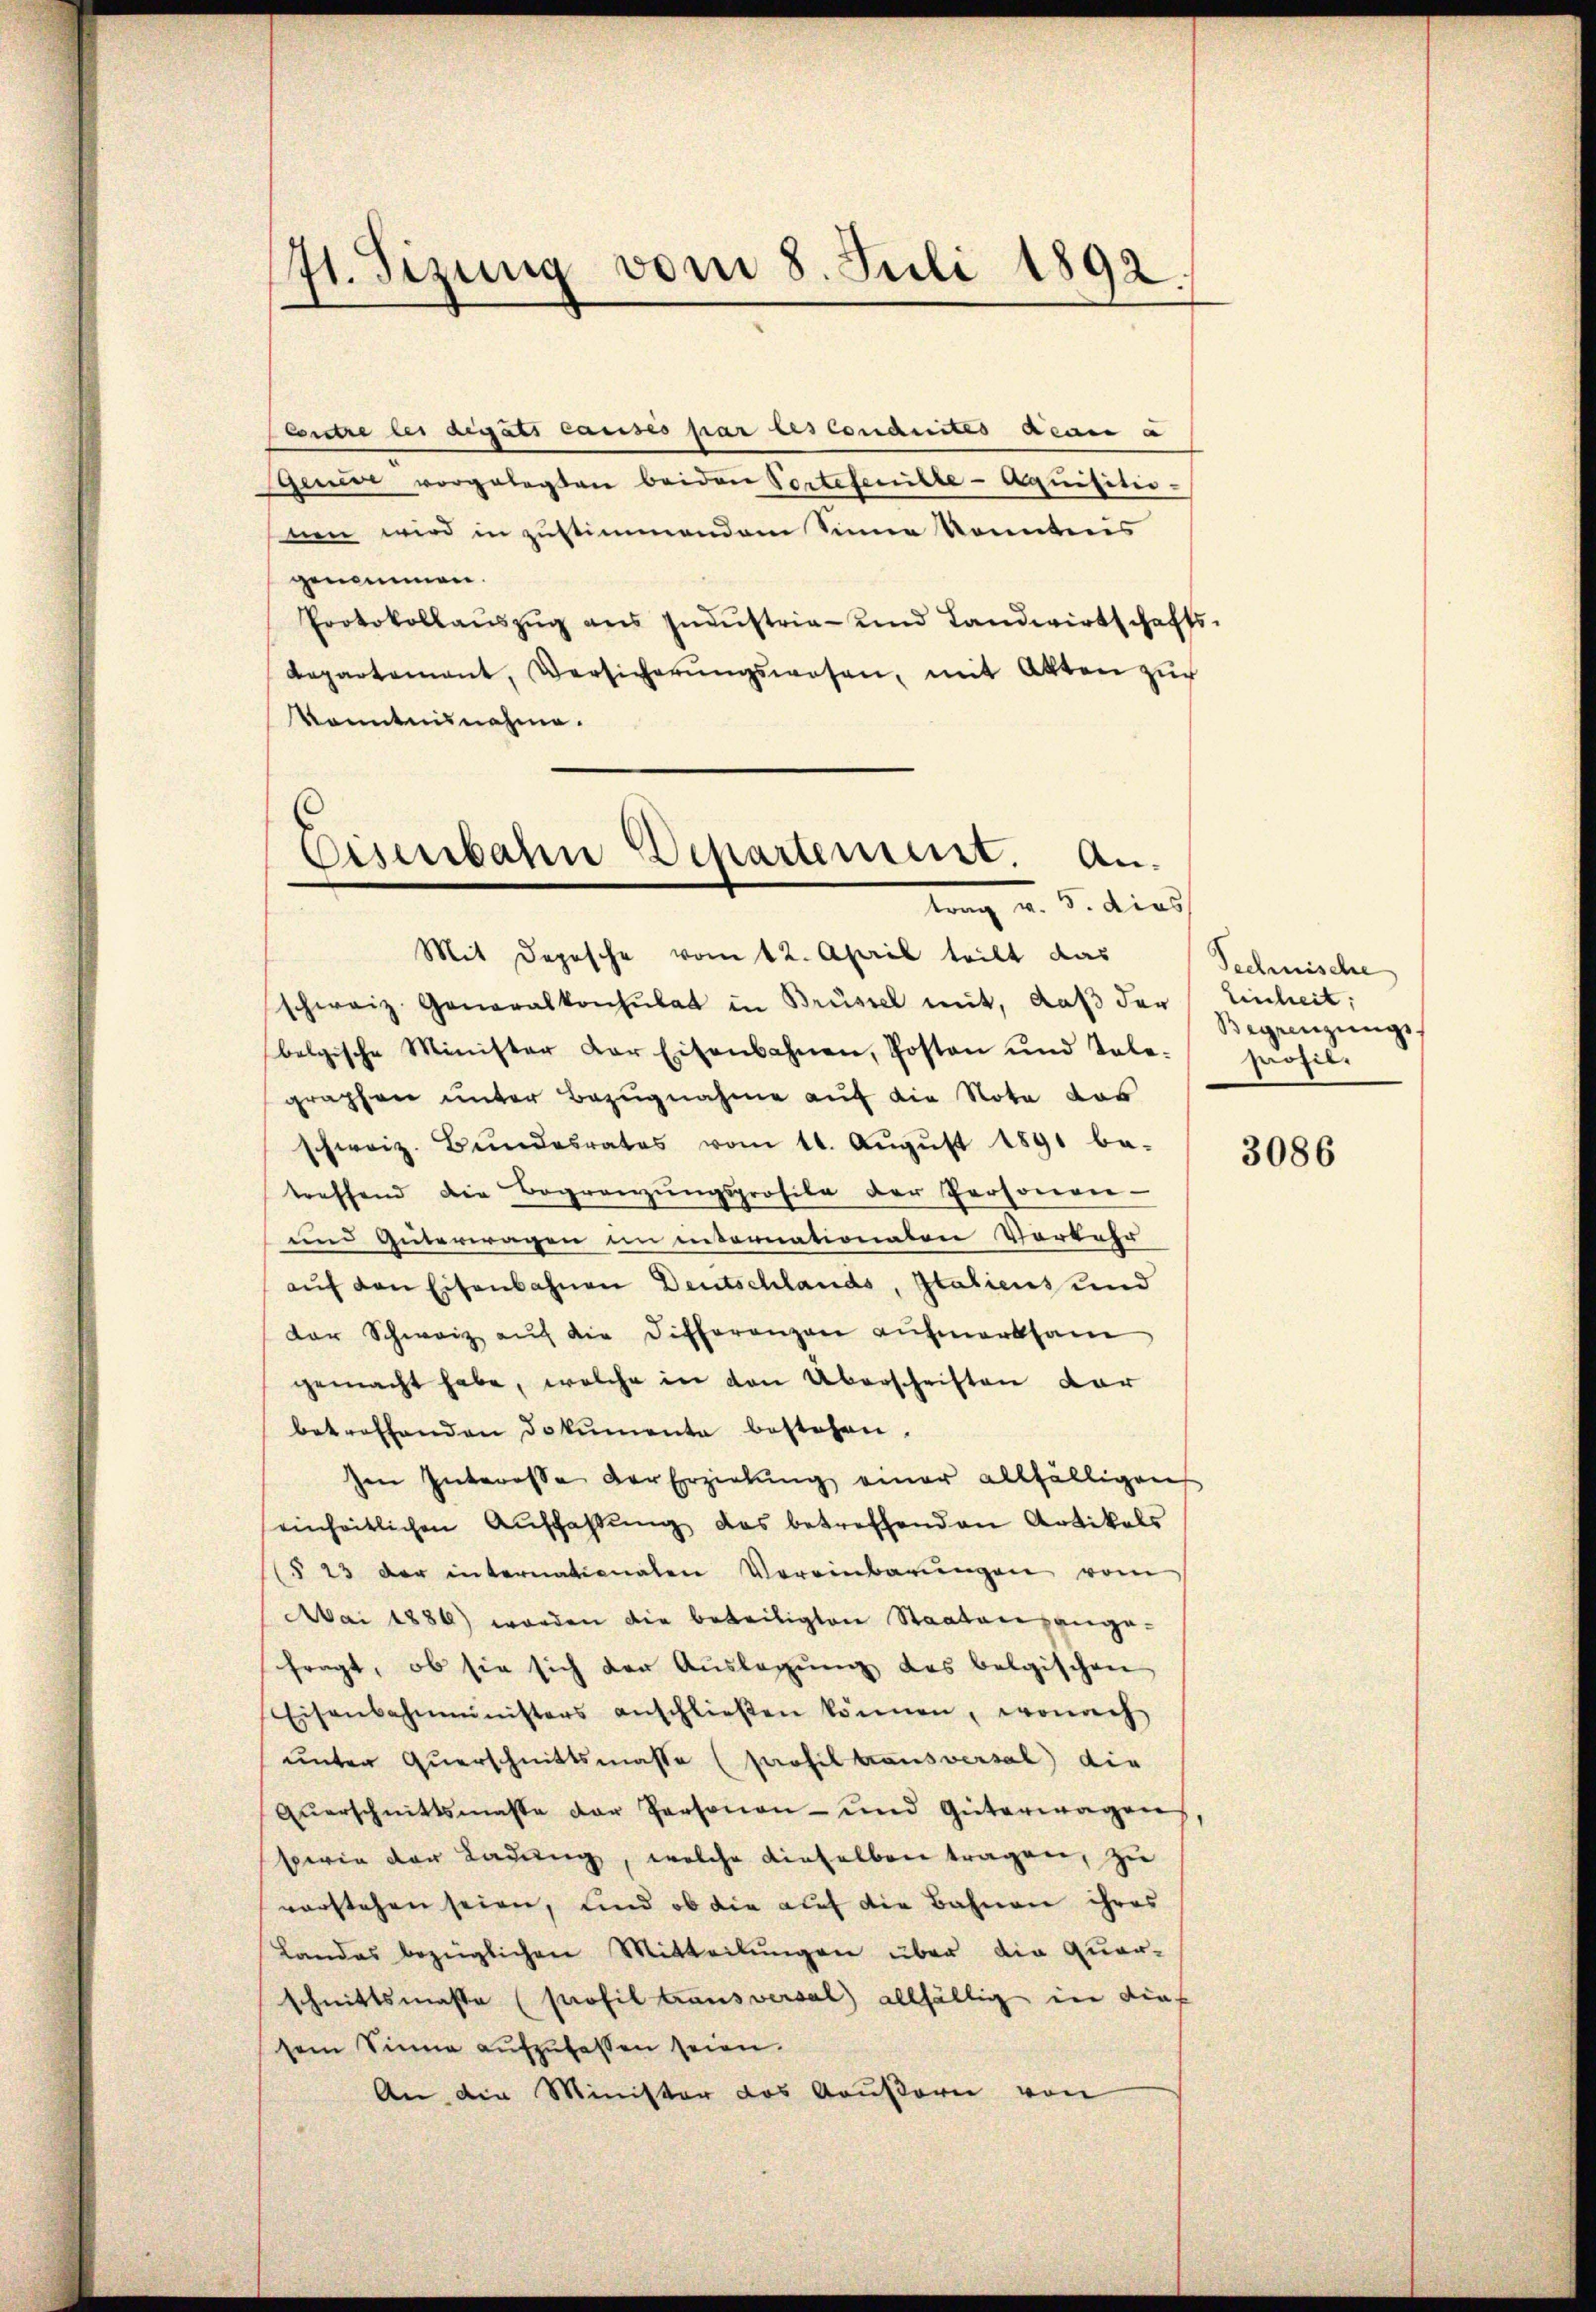
71. Sizung vom 8. Juli 1892.

Contre lei aigats lauses par les conduites acan a
geier vorgelegten beiden Portetenille-Aquisitio-
nen wird in zustimmendem Sinne konntens
genommen.
Protokollaŭszŭg ans Indŭstria-und Landwirtschafts-
Departement, Versicherŭngswesen, mit Akten zur
Kenntnisnahme.
Mit Depesche vom 12. April teilt das
schweiz. Generalkonsulat in Brüssel mit, daß der Einheit;
belgische Minister der Eisenbahnen, Posten und Tale profil.
graphen unter Bezugnahme auf die Note das
schweiz. Bŭndesrates vom 11. Aŭgŭst 1891 be-
treffend die Begränzŭngsprofile der Personen-
und Güterwagen in internationaten Vorkehr
aŭf den Eisenbahnen Deutschlands, Italiens und
der Schweiz aŭf die Differenzen aufmerksam
gemacht habe, welche in den Überschriften dar
betreffenden Dokumente bestehen.
Im Interesse der Erziehung einer allfälligen
einheitlichen Auffassung das betreffenden Artikals
(§ 23 der internationalen Vereinbarŭngen vom
Mai 1886) worden die beteiligten Staaten ange-
fragt, ob sie sich der Auslegung des belgischen
Eisenbahnministers anschlieβen können, wonach
unter Querschnittsmasse (profiltrausversal) die
Qŭerschnittsmasse der Personen- und Güterwagen
serin der Ladung, welche dieselben tragen, zu
vorstehen seien, und ob die auf die Bahnen ihres
Landas bezüglichen Mitteilungen über die Quarschnittsmasse (profil trausversal) allfällig in dief
sem Sinne aufzufassen seien.
An die Minister das Gausori von

Eisenbahn Departement. An
lung v. 5. dies

Technische
Begrenzungs¬

3086